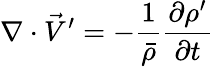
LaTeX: \nabla\cdot\vec{V}^{\prime}=-\frac{1}{\bar{\rho}}\frac{\partial\rho^{\prime}}{\partial t}